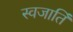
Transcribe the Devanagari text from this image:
स्वजातिं